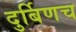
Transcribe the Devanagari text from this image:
दुर्बिणच